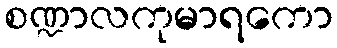
စဏ္ဍာလကုမာရကော